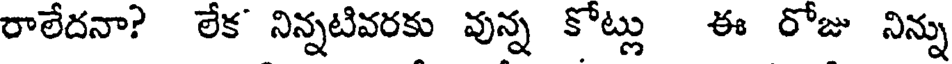
రాలేదనా? లేక నిన్నటివరకు వున్న కోట్లు ఈ రోజు నిన్ను